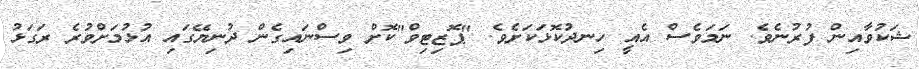
ޝަކުވާއިން ފުރުނެވެ. ނަމަވެސް އެއީ ހިނދުކޮޅަކަށެވެ. "ޕޮޒިޓިވް"ކޮށް ވިސްނައިގެން ދުނިޔޭގައި އުޅުމަށްވުރެ ރަގަޅު